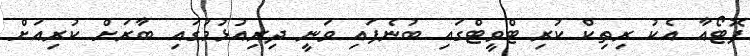
ފޮޓޯއާ އެކު ރިތިކް ކުރި ޓްވީޓްގައި ބުނެފައި ވަނީ ދިރިއުޅުމުގައި ބާރަށް ކުރިއަށް